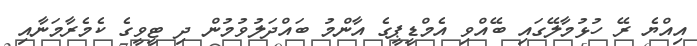
އިއްޔެ ރޭ ހުޅުމާލޭގައި ބޭއްވި އެމްޑީޕީގެ އާންމު ބައްދަލުވުމުން ދި ޓީވީގެ ކެމެރާމަނާއި